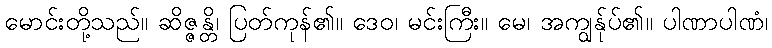
မောင်းတို့သည်။ ဆိဇ္ဇန္တိ၊ ပြတ်ကုန်၏။ ဒေဝ၊ မင်းကြီး။ မေ၊ အကျွန်ုပ်၏။ ပါဏာပါဏံ၊